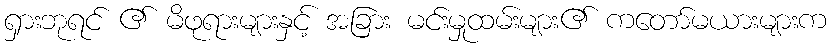
ရှားဘုရင် ၏ မိဖုရားများနှင့် အခြား မင်းမှုထမ်းများ၏ ကတော်မယားများက